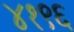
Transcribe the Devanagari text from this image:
४१९६